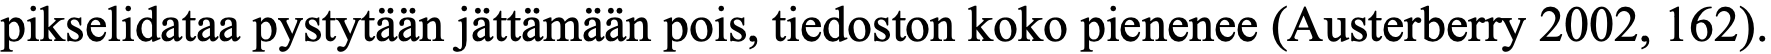
pikselidataa pystytään jättämään pois, tiedoston koko pienenee (Austerberry 2002, 162).